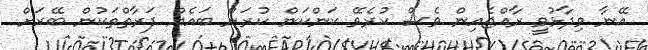
އޭނާ ވިދާޅުވީ ރާއްޖެއިން ވެސް ކުރެވޭ ކަންކަން ކުރަން ބައެއް ފަރާތްތަކުން ބޭރަށް